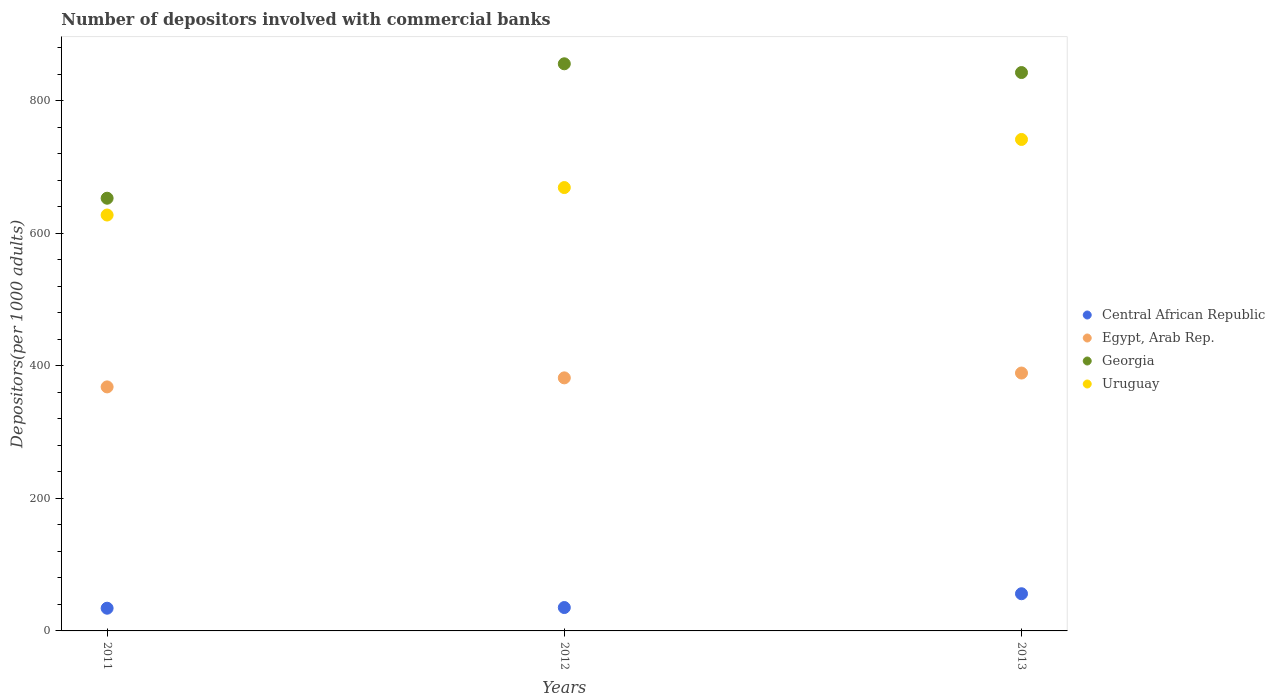
| Years | Central African Republic | Egypt, Arab Rep. | Georgia | Uruguay |
 | --- | --- | --- | --- | --- |
 | 2011 | 34.3 | 368 | 653 | 628 |
 | 2012 | 35.3 | 382 | 856 | 669 |
 | 2013 | 56.1 | 389 | 843 | 742 |